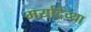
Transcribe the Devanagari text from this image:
मर्यादेच्या